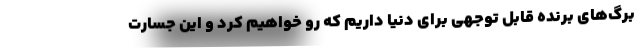
برگ‌های برنده قابل توجهی برای دنیا داریم که رو خواهیم کرد و این جسارت